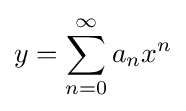
y=\sum _{n=0}^{\infty }a_{n}x^{n}